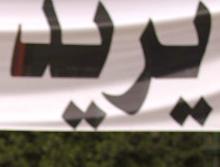
ير